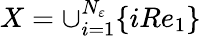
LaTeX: X=\cup_{i=1}^{N_{\varepsilon}}\{ iRe_{1}\}